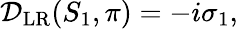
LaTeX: \begin{array}{r}{\mathcal{D}_{\mathrm{LR}}(S_{1},\pi)=-i\sigma_{1},}\end{array}